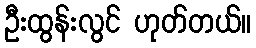
ဦးထွန်းလွင် ဟုတ်တယ်။